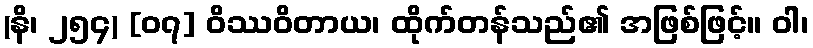
(နိ၊ ၂၅၄) [၀၇] ဝိဿဝိတာယ၊ ထိုက်တန်သည်၏ အဖြစ်ဖြင့်။ ဝါ၊